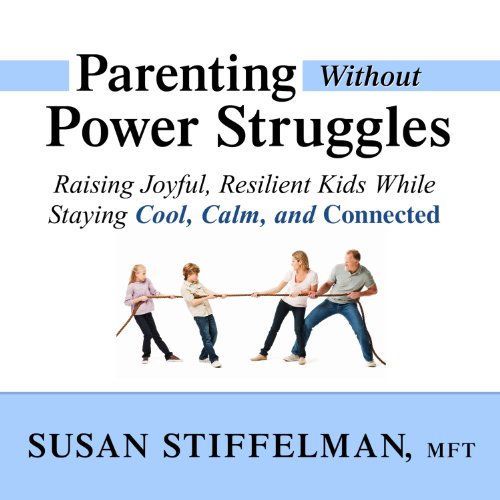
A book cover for Parenting Without Power Struggles: Raising Joyful, Resilient Kids While Staying Cool, Calm, and Connected; Susan Stiffelman; Parenting & Relationships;